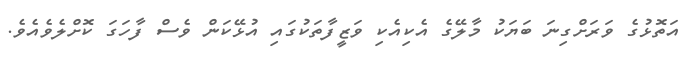
އަތޮޅުގެ ވަރަށްގިނަ ބަޔަކު މާލޭގެ އެކިއެކި ވަޒީފާތަކުގައި އުޅޭކަން ވެސް ފާހަގަ ކޮށްލެވެއެވެ.